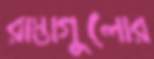
রাস্তাগুলোর